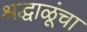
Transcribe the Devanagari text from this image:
श्रद्धाळूंचा